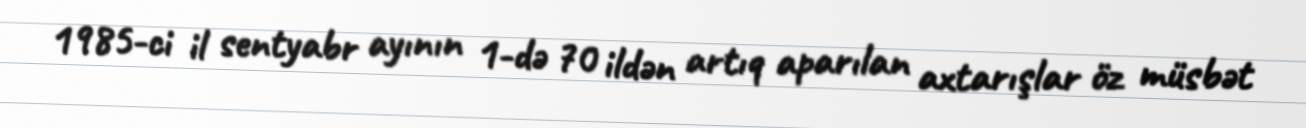
1985-ci il sentyabr ayının 1-də 70 ildən artıq aparılan axtarışlar öz müsbət